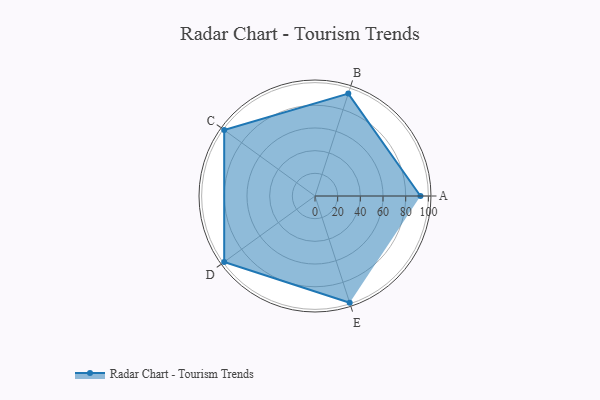
{"axis": {"x": "Skill", "y": "Score"}, "legend": ["Profile"], "data": [{"x": "A", "y": 93.0, "type": "Profile"}, {"x": "B", "y": 95.0, "type": "Profile"}, {"x": "C", "y": 99.0, "type": "Profile"}, {"x": "D", "y": 99, "type": "Profile"}, {"x": "E", "y": 99, "type": "Profile"}]}